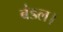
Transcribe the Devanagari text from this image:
बंडल।